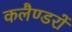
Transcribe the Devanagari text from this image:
कलैण्डरों